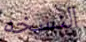
النسخه